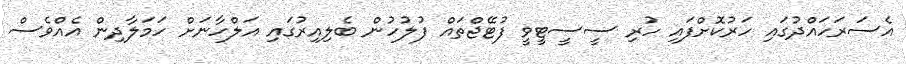
އެސަރަހައްދުގައި ހަރުކޮށްފައި ހުރި ސީސީޓީވީ ފުޓޭޖްތައް ފުލުހުން ބެލިއިރުގައި އަލްހާނަށް ހަމަލާދިން އެއްވެސް